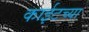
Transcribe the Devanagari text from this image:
काईटच्या